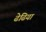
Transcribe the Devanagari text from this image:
ढेढिया